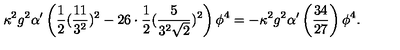
\kappa ^ { 2 } g ^ { 2 } \alpha ^ { \prime } \left( \frac { 1 } { 2 } ( \frac { 1 1 } { 3 ^ { 2 } } ) ^ { 2 } - 2 6 \cdot \frac { 1 } { 2 } ( \frac { 5 } { 3 ^ { 2 } \sqrt { 2 } } ) ^ { 2 } \right) \phi ^ { 4 } = - \kappa ^ { 2 } g ^ { 2 } \alpha ^ { \prime } \left( \frac { 3 4 } { 2 7 } \right) \phi ^ { 4 } .